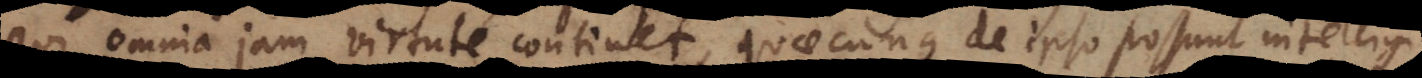
qui omnia jam virtute continet, quaecunque de ipsa possunt praedicari.